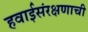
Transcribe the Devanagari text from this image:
हवाईसंरक्षणाची